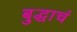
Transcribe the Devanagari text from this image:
बुद्धाचं